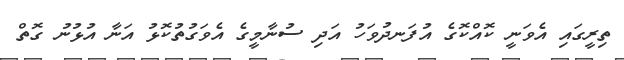
ތިރީގައި އެވަނީ ކޮއްކޮގެ އުފަނދުވަހު އަދި ސުނާމީގެ އެވަގުތުކޮޅު އަނާ އުޅުނު ގޮތް